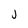
Character: j